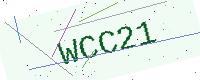
Text: WCC21